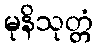
မုနိသုတ္တံ